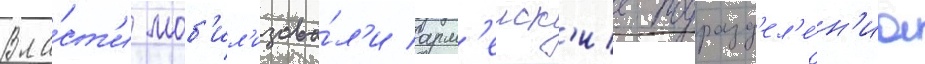
Вла́ст'и моб'ил'изова́л'и арм'еиск'ие подразд'ел'е́н'иа